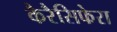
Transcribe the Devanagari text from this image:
कैरैसिफेरा